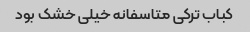
کباب ترکی متاسفانه خیلی خشک بود